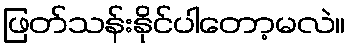
ဖြတ်သန်းနိုင်ပါတော့မလဲ။